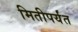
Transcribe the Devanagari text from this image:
मितीपर्यंत